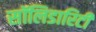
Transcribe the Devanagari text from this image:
सॉलिडारिटी